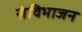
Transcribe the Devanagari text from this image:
संविभाजन